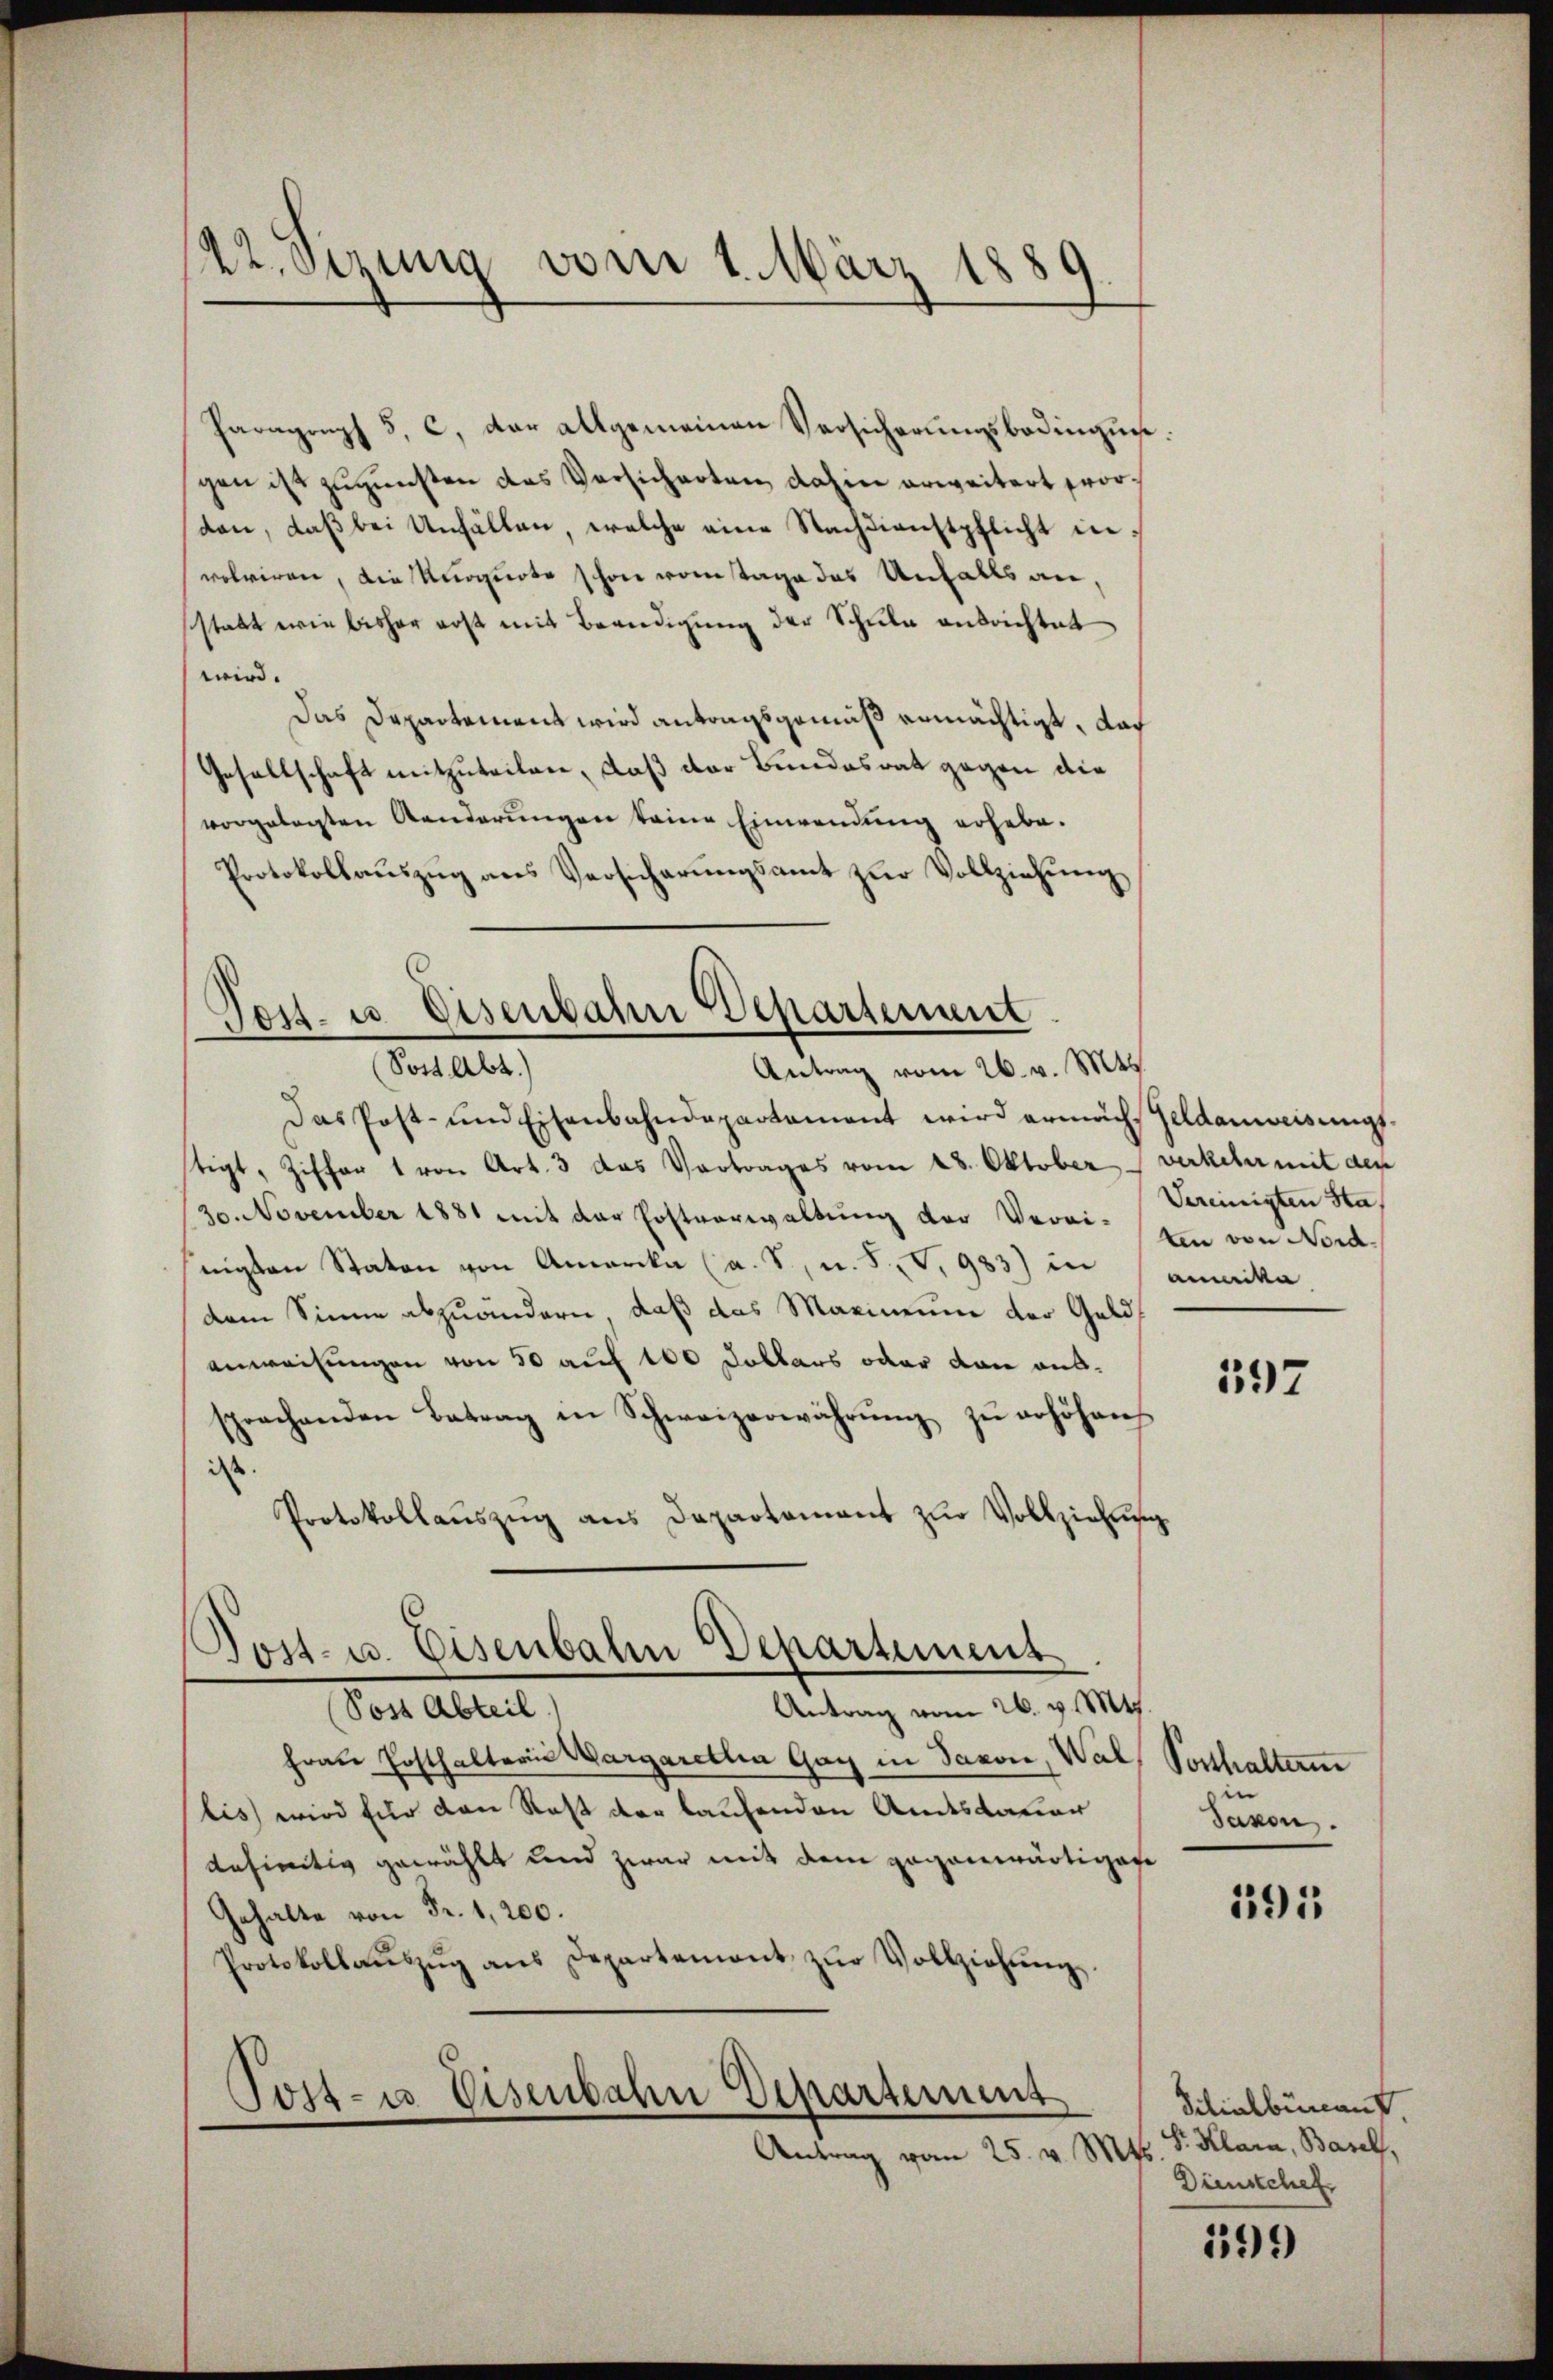
22. Serung vom 1. März 1880

Haragonph 5, c. dar allgemeinen Versicherungsbedingun
gen ist zugunsten das Versicherten dahin erweitert worston, daß bei Unfällen, welche eine Nachdienstpflicht in
volviren, die Unrquote schon vom Tage das Unfalls an,
statt wie bisher erst mit Beendigung der Schule andrichtet
wird.
Das Departement wird antragsgemäß ermächtigt, das
Gesellschaft mitzuteilen, daß der Bundesrat gegen die
vorgelegten Standerungen keine Einwendung erhebe.
Protokollaŭszŭg ans Versicherŭngsamt zŭr Vollziehŭng

Post- u. Eisenbahn Departement
(Sott. Abt.)
Antrag vom 26. v. Mts.

Post- u. Eisenbahn Departement

Das Post- und Eisenbahndepartament wird ermach Geldanweisŭngs-
tigt, Ziffer 1 von Art. 3 das Vortrages vom 28. Oktober verkehr mit den
30. November 1881 mit der Postverwaltung der Verei- Ein von Nord-
nigten Staton von Amerika (a. S. u. S., V.983) in anmitta
dem Sinne abzuändern, daß das Marinium der Geldanweisungen von 50 auf 100 Doblers oder dan aussprachenden Betrag in Schweizerwährŭng zŭ erhöhen
iss.
Protokollaŭszŭg ans Departament zŭr Vollziehung
Antrag vom 26. v. Mts.
Von Altert,
Fraue Posthaltern Margarellia Gay in Saxon, Wal, Posthalterin
bis wird für den Rest der laufenden Andesdauer
gnhieitig gewählt und zwar mit dem gegenwärtigese
Gehalte von Fr. 1,200.
Protokollaŭszŭg ans Departement zŭr Vollziehŭng.
Tost- u. Eisenbahn Departement
Antrag vom 25. v. Mt

Vereinigten Ha

397

e
Saxon.

191

Silialbünant.
Sr. Klara, Basel,
Dünschef.

199